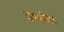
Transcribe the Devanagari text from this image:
कामतीकर